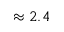
\approx 2 . 4